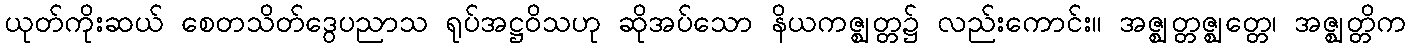
ယုတ်ကိုးဆယ် စေတသိတ်ဒွေပညာသ ရုပ်အဋ္ဌဝိသဟု ဆိုအပ်သော နိယကဇ္ဈတ္တ၌ လည်းကောင်း။ အဇ္ဈတ္တဇ္ဈတ္တေ၊ အဇ္ဈတ္တိက